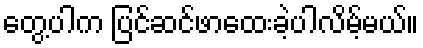
တွေ့ပါက ပြင်ဆင်ဖာထေးခဲ့ပါလိမ့်မယ်။